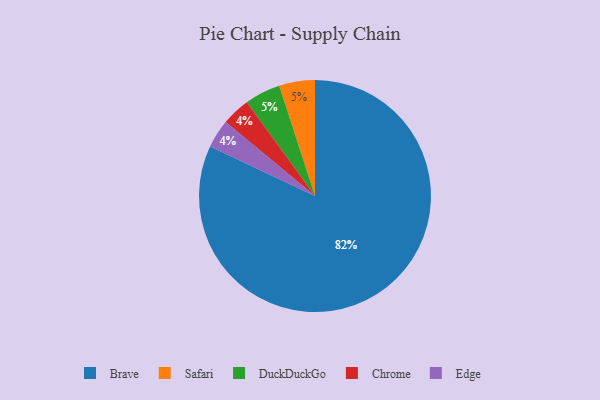
{"axis": {"x": "Category", "y": "Percentage"}, "legend": ["Brave", "Chrome", "DuckDuckGo", "Edge", "Safari"], "data": [{"x": "Brave", "y": 82, "type": "Brave"}, {"x": "Chrome", "y": 4, "type": "Chrome"}, {"x": "Safari", "y": 5, "type": "Safari"}, {"x": "DuckDuckGo", "y": 5, "type": "DuckDuckGo"}, {"x": "Edge", "y": 4, "type": "Edge"}]}